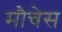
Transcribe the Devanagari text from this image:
मौचेस